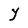
Character: Y